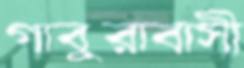
গাবুরাবাসী